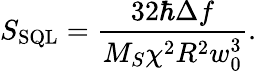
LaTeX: S_{\mathrm{SQL}}=\frac{32\hbar\Delta f}{M_{S}\chi^{2}R^{2}w_{0}^{3}}.